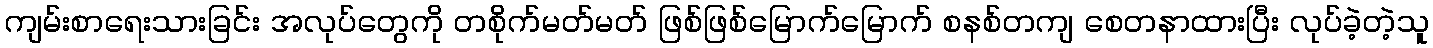
ကျမ်းစာရေးသားခြင်း အလုပ်တွေကို တစိုက်မတ်မတ် ဖြစ်ဖြစ်မြောက်မြောက် စနစ်တကျ စေတနာထားပြီး လုပ်ခဲ့တဲ့သူ